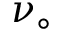
\nu _ { \circ }